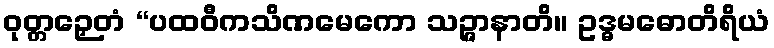
ဝုတ္တဉှေတံ “ပထဝီကသိဏမေကော သဉ္ဇာနာတိ။ ဥဒ္ဓမဓောတိရိယံ